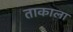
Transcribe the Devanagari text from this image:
ताकाला